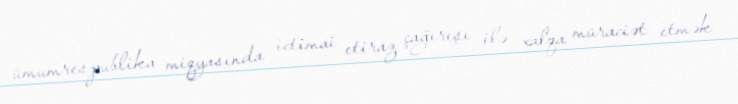
ümumrespublika miqyasında ictimai etiraz çağırışı ilə xalqa müraciət etmək